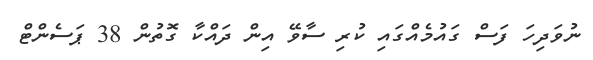
ނުވަދިހަ ފަސް ގައުމެއްގައި ކުރި ސާވޭ އިން ދައްކާ ގޮތުން 38 ޕަސެންޓް